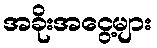
အခိုးအငွေ့များ